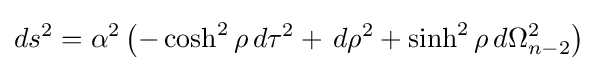
ds^{2}=\alpha ^{2}\left(-\cosh ^{2}\rho \,d\tau ^{2}+\,d\rho ^{2}+\sinh ^{2}\rho \,d\Omega _{n-2}^{2}\right)